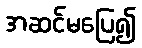
အဆင်မပြေ၍